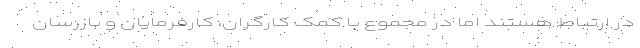
در ارتباط هستند اما در مجموع با کمک کارگران، کارفرمایان و بازرسان